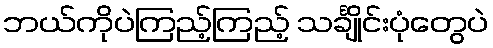
ဘယ်ကိုပဲကြည့်ကြည့် သင်္ချိုင်းပုံတွေပဲ